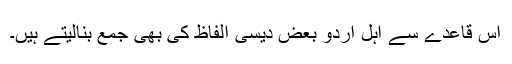
اس قاعدے سے اہلِ اردو بعض دیسی الفاظ کی بھی جمع بنالیتے ہیں۔